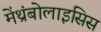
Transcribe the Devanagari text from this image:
मेंथ्रंबोलाइसिस